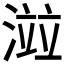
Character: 𣺄